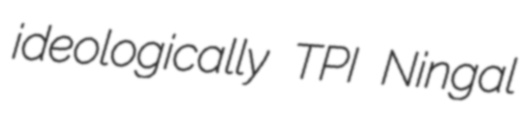
ideologically TPI Ningal